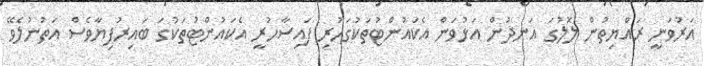
އަރުވަނީ ރައްޔިތުން ލޮލުގަ އަނދުން އަޅުވަން އެކައުންޓުތަކުގަހުރި ފައިސާހުރީ އެކައުންޓުތަކުގަ ބައިރުފިޔާވެސް އަތުނުލެވޭ